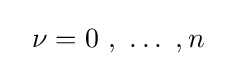
~~\nu =0\ ,\ \ldots \ ,n\